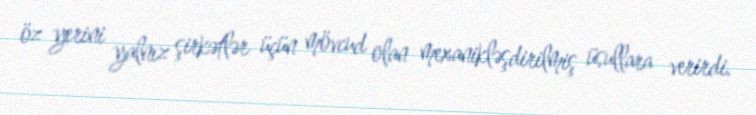
öz yerini yalnız şirkətlər üçün mövcud olan mexanikləşdirilmiş üsullara verirdi.